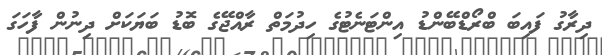
ދިރާގު ފައިބަ ބްރޯޑްބޭންޑު އިންޓަނެޓުގެ ހިދުމަތް ރާއްޖޭގެ ބޮޑު ބަޔަކަށް ދިނުން ފާހަގަ